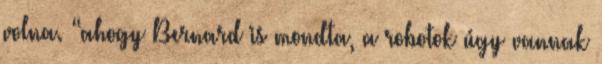
volna. “ahogy Bernard is mondta, a robotok úgy vannak